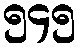
၅၄၅